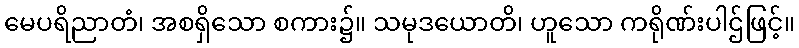
မေပရိညာတံ၊ အစရှိသော စကား၌။ သမုဒယောတိ၊ ဟူသော ကရိုဏ်းပါဌ်ဖြင့်။